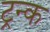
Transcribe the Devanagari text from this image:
ट्रन्क